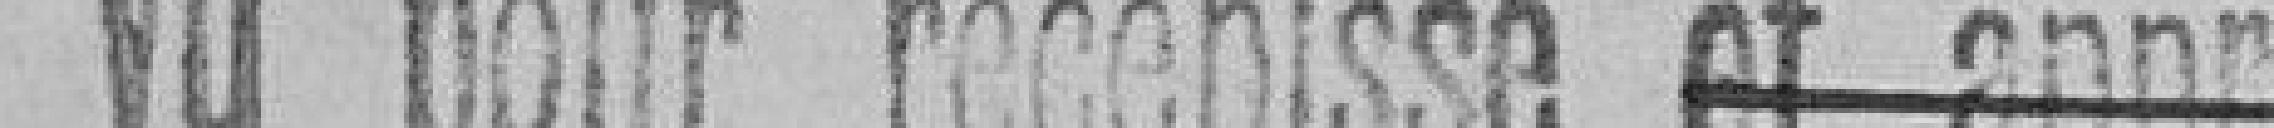
Vu pour récépissé et approuvé